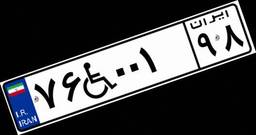
۰۵W۹۸۶۸۶